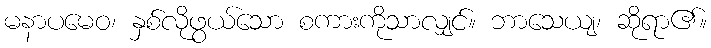
မနာပမေဝ၊ နှစ်လိုဖွယ်သော စကားကိုသာလျှင်။ ဘာသေယျ၊ ဆိုရာ၏။